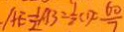
A E = \frac { 1 } { 2 } A B = \frac { 1 } { 2 } C D c = \frac { 6 0 } { 7 }